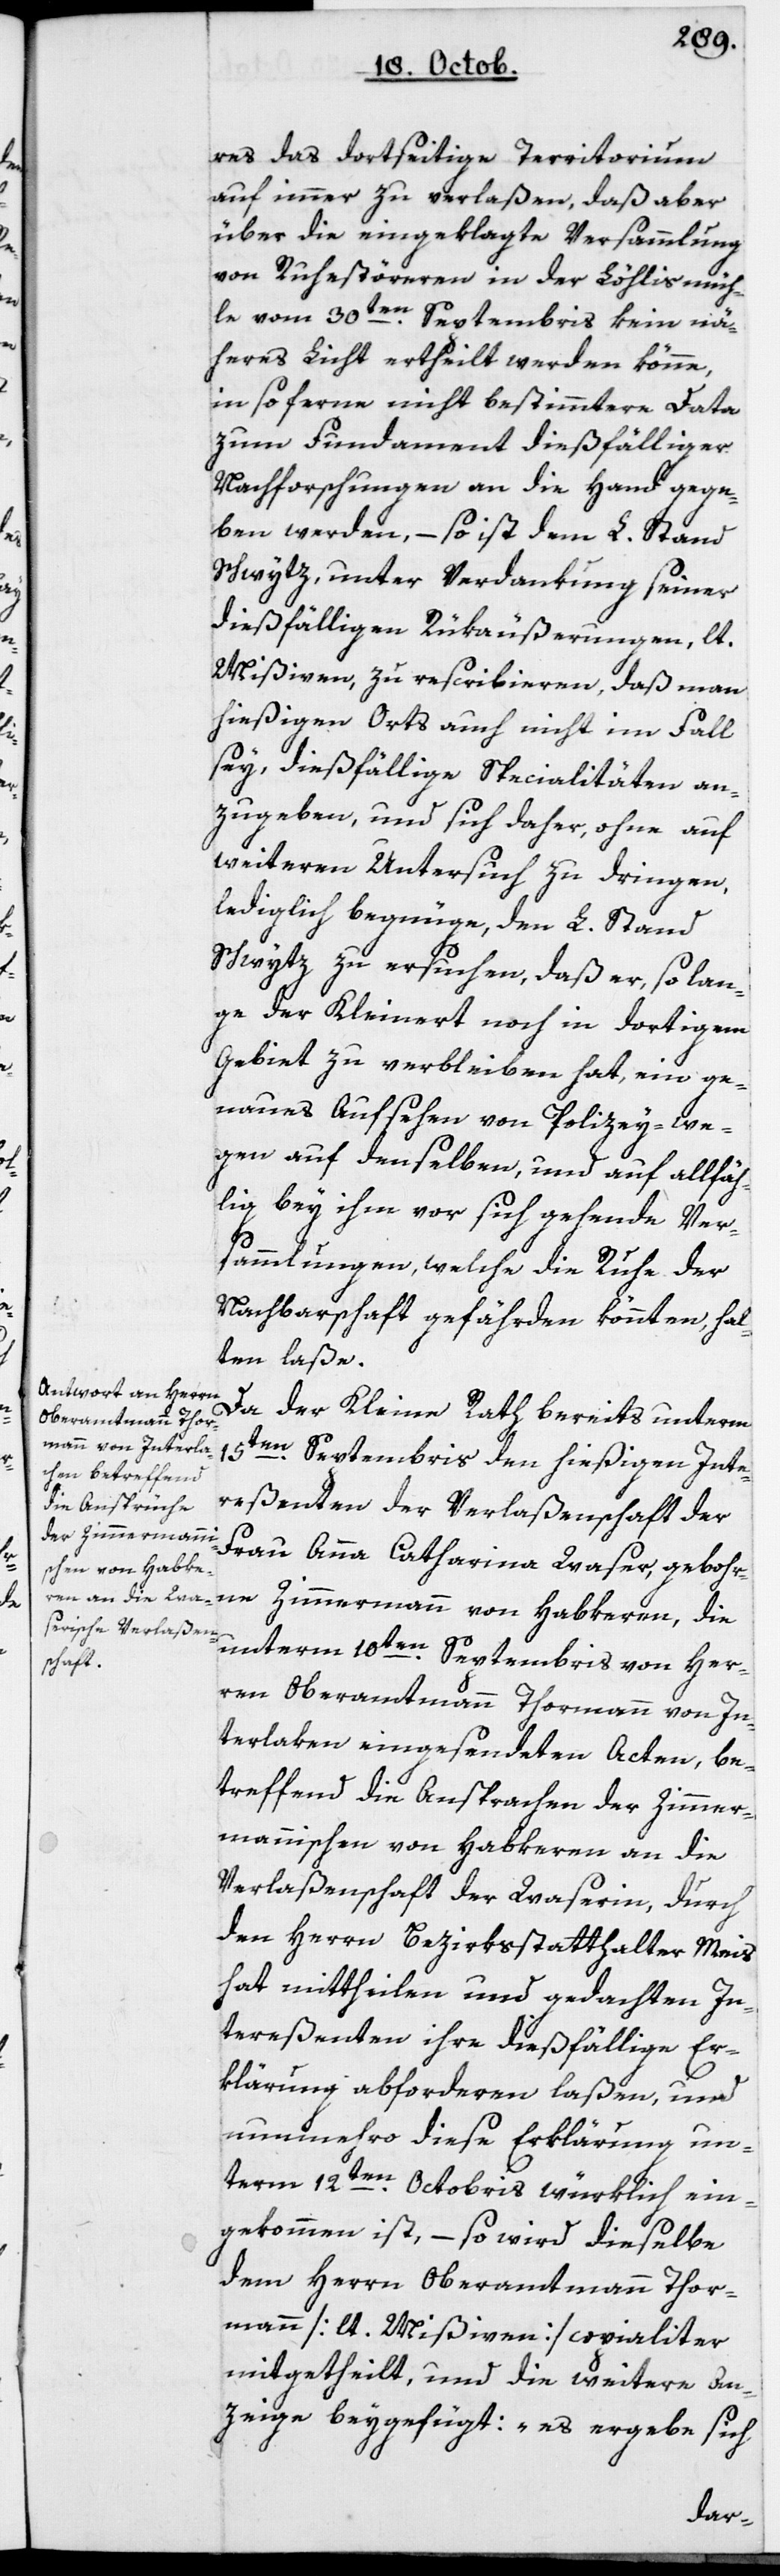
res das dortseitige Territorium
auf immer zu verlaßen, daß aber
über die eingeklagte Versammlung
von Ruhestöreren in der Löhlismüh¬
le vom 30ten Septembris kein nä¬
heres Licht ertheilt werden könne,
in soferne nicht bestimmtere Data
zum Fundament dießfälliger
Nachforschungen an die Hand gege¬
ben werden, – so ist dem L. Stand
Schwytz, unter Verdankung seiner
dießfälligen Rükäußerungen, lt.
Mißiven, zu rescribieren, daß man
hießigen Orts auch nicht im Fall
sey, dießfällige Specialitäten an¬
zugeben, und sich daher, ohne auf
weiteren Untersuch zu dringen,
lediglich begnüge, den L. Stand
Schwytz zu ersuchen, daß er, so lan¬
ge der Kleinert noch in dortigem
Gebiet zu verbleiben hat, ein ge¬
naues Aufsehen von Policey-we¬
gen auf denselben, und auf allfäl¬
lig bey ihm vor sich gehende Ver¬
sammlungen, welche die Ruhe der
Nachbarschaft gefährden könnten, hal¬
ten laße.
Da der Kleine Rath bereits unterm
15ten Septembris den hießigen Inte¬
reßenten der Verlaßenschaft der
Frau Anna Catharina Waser, gebor¬
ne Zimmermann, von Habkeren, die
unterm 10ten Septembris von Her¬
ren Oberamtmann Thormann von In¬
terlaken eingesendeten Acten, be¬
treffend die Ansprachen der Zimmer¬
mannischen von Habkeren an die
Verlaßenschaft der Waserin, durch
den Herrn Bezirksstatthalter Meis
hat mittheilen und gedachten In¬
tereßenten ihre dießfällige Er¬
klärung abforderen laßen, und
nunmehro diese Erklärung un¬
term 12ten Octobris würklich ein¬
gekommen ist, – so wird dieselbe
dem Herrn Oberamtmann Thor¬
mann [lt. Mißiven] copialiter
mitgetheilt, und die weitere An¬
zeige beygefügt: „es ergebe sich